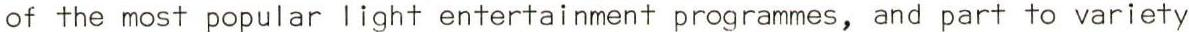
of the most popular light entertainment programmes, and part to variety